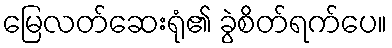
မြေလတ်ဆေးရုံ၏ ခွဲစိတ်ရက်ပေ။